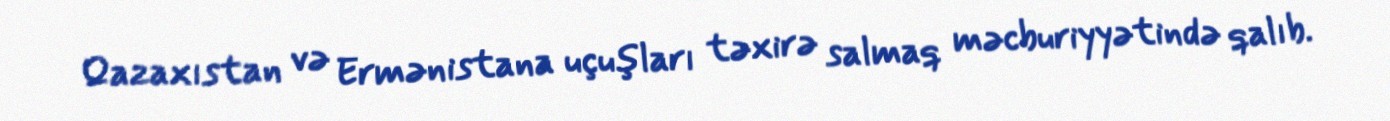
Qazaxıstan və Ermənistana uçuşları təxirə salmaq məcburiyyətində qalıb.